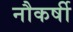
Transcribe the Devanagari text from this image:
नौकर्षी